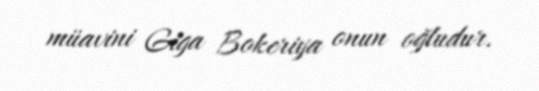
müavini Giga Bokeriya onun oğludur.